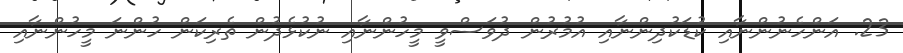
23. އަންހެނުންނާއި ކުޑަކުދިންނާއި އުމުރުން ދުވަސްވީ މީހުންނާއި ނުކުޅެދުން ތެރިކަން ހުންނަ މީހުންނާއި